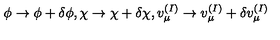
\phi \rightarrow \phi + \delta \phi , \chi \rightarrow \chi + \delta \chi , v _ { \mu } ^ { ( I ) } \rightarrow v _ { \mu } ^ { ( I ) } + \delta v _ { \mu } ^ { ( I ) }